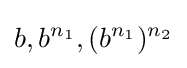
b,b^{n_{1}},(b^{n_{1}})^{n_{2}}